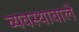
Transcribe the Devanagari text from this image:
व्यवस्थावाले